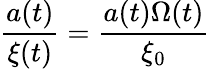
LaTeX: \frac{a(t)}{\xi(t)}=\frac{a(t)\Omega(t)}{\xi_{0}}